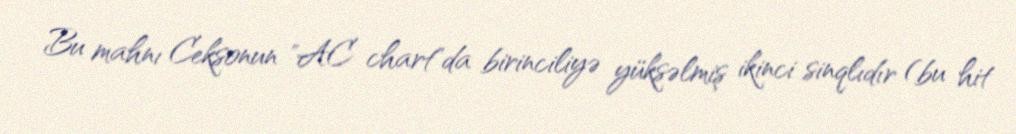
Bu mahnı Ceksonun "AC chart"da birinciliyə yüksəlmiş ikinci sinqlıdır (bu hit